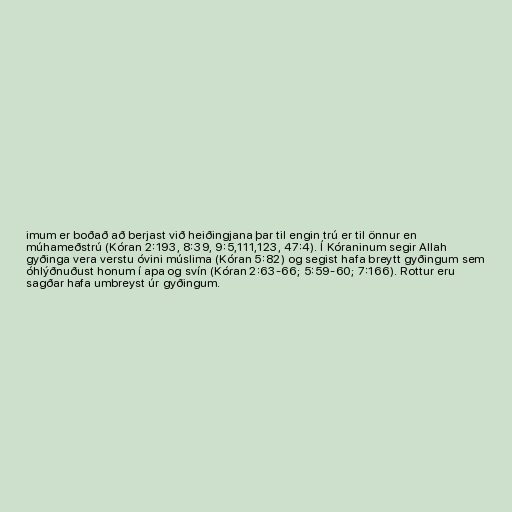
imum er boðað að berjast við heiðingjana þar til engin trú er til önnur en
múhameðstrú (Kóran 2:193, 8:39, 9:5,111,123, 47:4). Í Kóraninum segir Allah
gyðinga vera verstu óvini múslima (Kóran 5:82) og segist hafa breytt gyðingum sem
óhlýðnuðust honum í apa og svín (Kóran 2:63-66; 5:59-60; 7:166). Rottur eru
sagðar hafa umbreyst úr gyðingum.